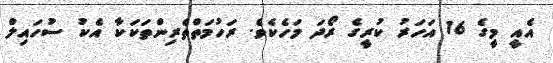
އެއީ މީގެ 16 އަހަރު ކުރީގެ ރޯދަ މަހެކެވެ. ރަހުމަތްތެރިންތަކަކާ އެކު ސުހައިލް